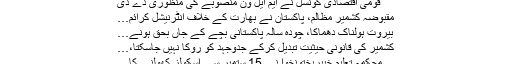
قومی اقتصادی کونسل نے ایم ایل ون منصوبے کی منظوری دے دی
مقبوضہ کشمیر مظالم، پاکستان نے بھارت کے خلاف انٹرنیشل کرائم…
بیروت ہولناک دھماکا، چودہ سالہ پاکستانی بچے کے جاں بحق ہونے…
کشمیر کی قانونی حیثیت تبدیل کرکے جدوجہد کو روکا نہیں جاسکتا،…
محکمہ تعلیم خیبرپختونخوا نے 15 ستمبر سے اسکولز کھولنے کا…